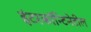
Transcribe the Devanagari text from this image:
इंटरकॉन्टिनेटील